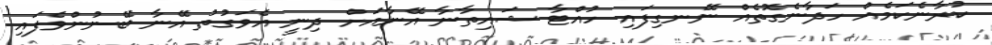
ކުރާނެކަމެއް ހަދާނެގޮތެއް ނޭނގިފައި ހުއްޓާ ޝައިތާނާ އޭނާއަށް ދިނީ އެވަގުތު އޭނާ ބޭނުންވެފައި